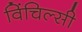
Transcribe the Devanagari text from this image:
विंचिल्सी